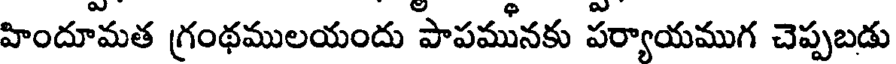
హిందూమత గ్రంథములయందు పాపమునకు పర్యాయముగ చెప్పబడు